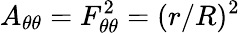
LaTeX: A_{\theta\theta}=F_{\theta\theta}^{2}=(r/R)^{2}